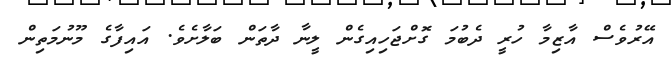
އޭރުވެސް އާޒިމާ ހުރީ ދެބުމަ ގޮށްޖަހިއިގެން ލީނާ ދާތަން ބަލާށެވެ. އައިފާގެ މޫނުމަތިން